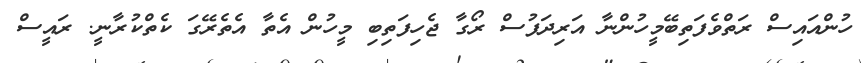
ހުންއައިސް ރަތްވެފަތިބޭމީހުންނާ އަރިދަފުސް ރޯގާ ޖެހިފަތިބި މީހުން އެތާ އެތެރޭގަ ކެތްކުރާނީ. ރައީސް